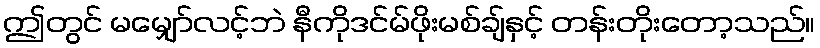
ဤတွင် မမျှော်လင့်ဘဲ နီကိုဒင်မ်ဖိုးမစ်ချ်နှင့် တန်းတိုးတော့သည်။